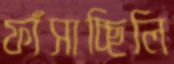
ফাঁসাচ্ছিলি